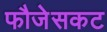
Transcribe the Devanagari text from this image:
फौजेसकट